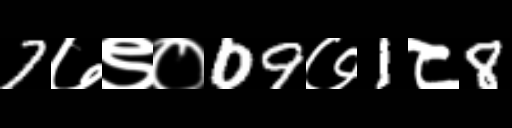
Text: 7७९०09७1८8